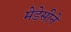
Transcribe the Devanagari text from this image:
मेडेसीने